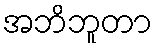
အဘိဘူတာ